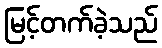
မြင့်တက်ခဲ့သည်